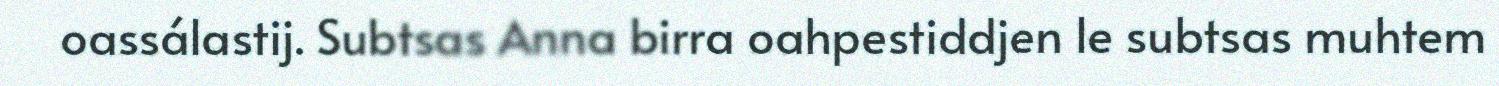
oassálastij. Subtsas Anna birra oahpestiddjen le subtsas muhtem